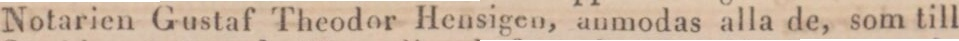
Notarien Gustaf Theodor Hensigen, anmodas alla de, som till